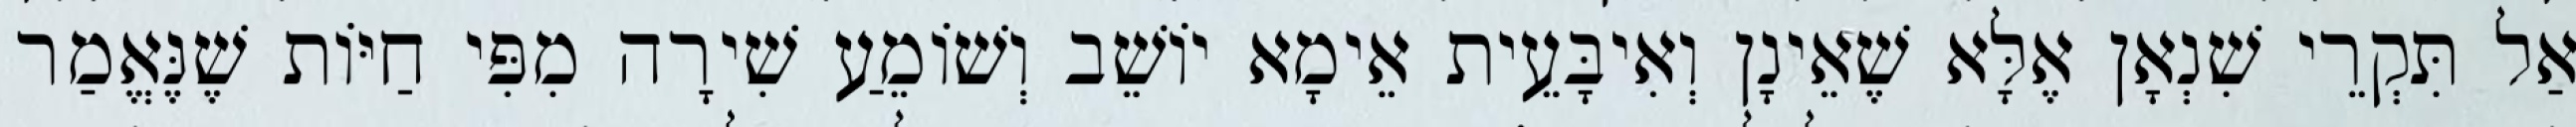
אַל תִּקְרֵי שִׁנְאָן אֶלָּא שֶׁאֵינָן וְאִיבָּעֵית אֵימָא יוֹשֵׁב וְשׁוֹמֵעַ שִׁירָה מִפִּי חַיּוֹת שֶׁנֶּאֱמַר